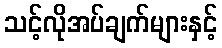
သင့်လိုအပ်ချက်များနှင့်